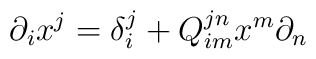
\partial _ix^j=\delta ^j_i+Q^{jn}_{im}x^m\partial _n